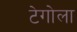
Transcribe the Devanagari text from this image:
टेगोला